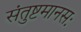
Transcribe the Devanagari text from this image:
संतुष्टमानसः